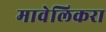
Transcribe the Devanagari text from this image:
मावेलिकरा